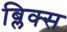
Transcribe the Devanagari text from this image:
ब्लिक्स